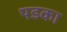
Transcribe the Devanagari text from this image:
पडका